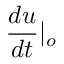
\frac { d u } { d t } | _ { o }